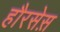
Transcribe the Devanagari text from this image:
हौरसेस़